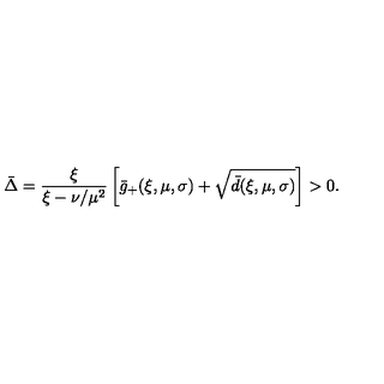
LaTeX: \bar { \Delta } = \frac { \xi } { \xi - \nu / \mu ^ { 2 } } \left[ \bar { g } _ { + } ( \xi , \mu , \sigma ) + \sqrt { \bar { d } ( \xi , \mu , \sigma ) } \right] > 0 .